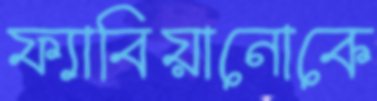
ফ্যাবিয়ানোকে